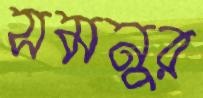
সমনুর